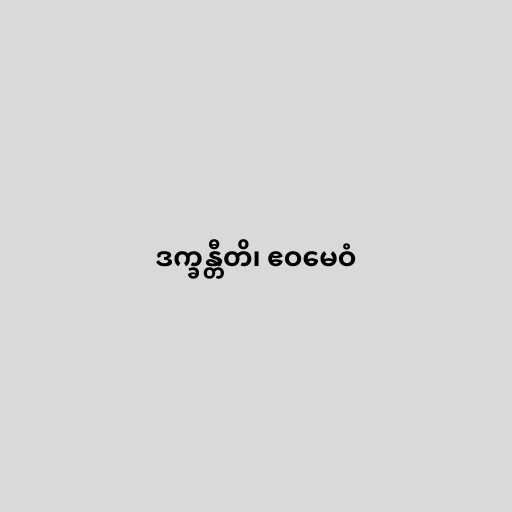
ဒက္ခန္တီတိ၊ ဧဝမေဝံ